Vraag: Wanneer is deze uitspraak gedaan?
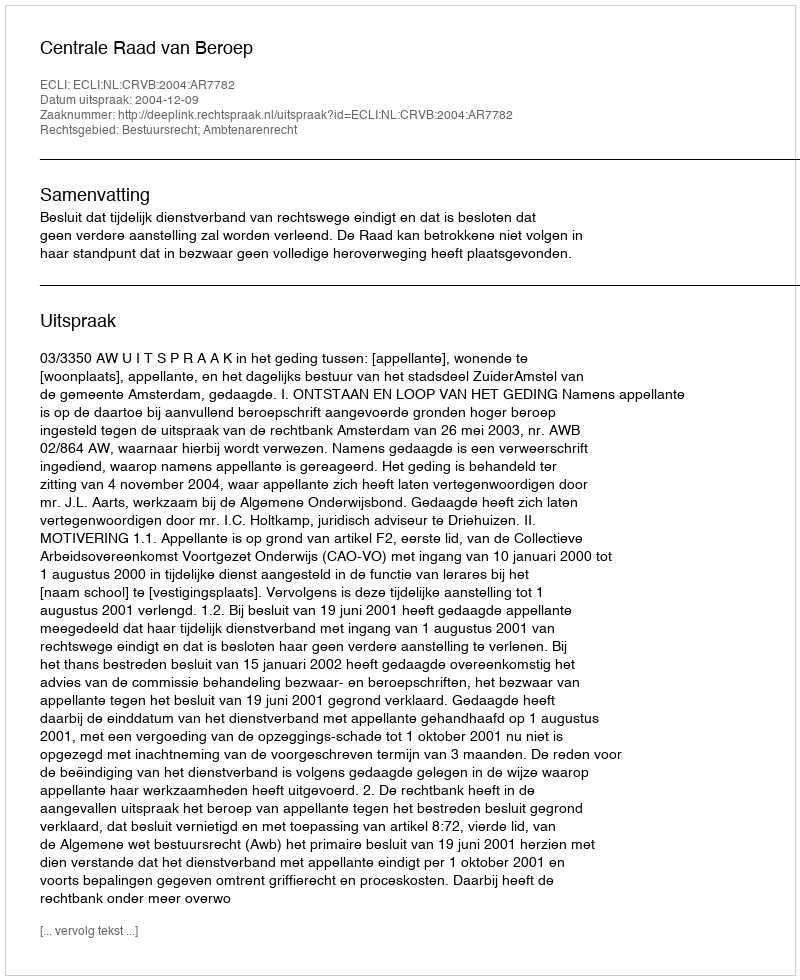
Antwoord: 2004-12-09